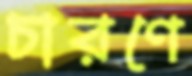
চারণে